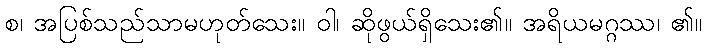
စ၊ အပြစ်သည်သာမဟုတ်သေး။ ဝါ၊ ဆိုဖွယ်ရှိသေး၏။ အရိယမဂ္ဂဿ၊ ၏။